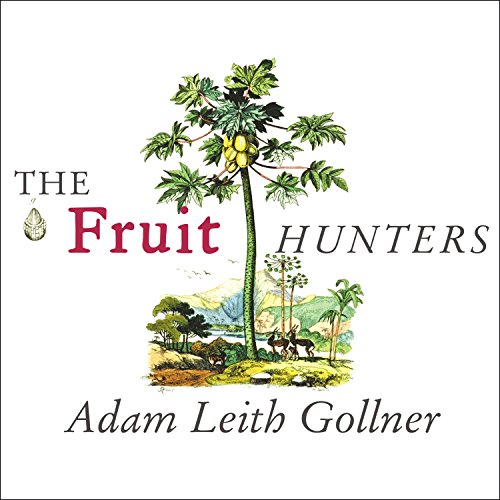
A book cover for The Fruit Hunters: A Story of Nature, Adventure, Commerce, and Obsession; Adam Leith Gollner; Business & Money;